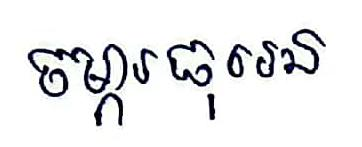
ចម្ការធុរេន